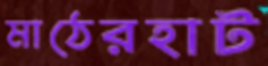
মাঠেরহাট